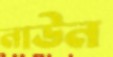
নাউন